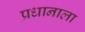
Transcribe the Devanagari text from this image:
प्रधानाला